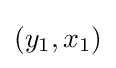
(y_{1},x_{1})